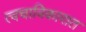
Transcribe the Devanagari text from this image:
त्वचाविकारात